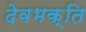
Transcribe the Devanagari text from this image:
देवभक्ति